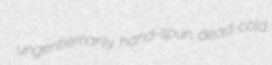
ungentlemanly hand-spun dead-cold